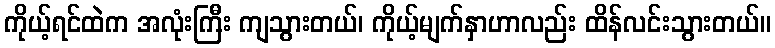
ကိုယ့်ရင်ထဲက အလုံးကြီး ကျသွားတယ်၊ ကိုယ့်မျက်နှာဟာလည်း ထိန်လင်းသွားတယ်။